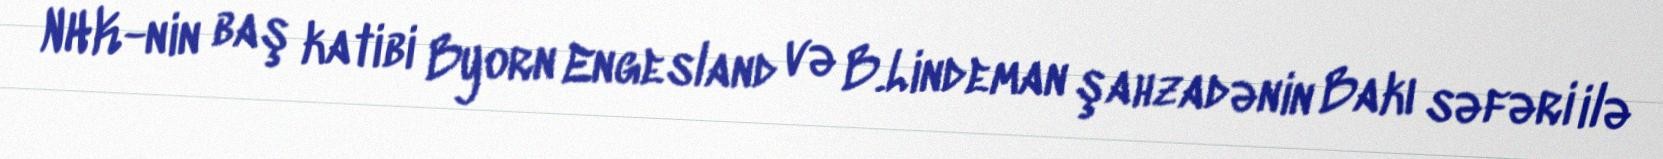
NHK-nin baş katibi Byorn Engesland və B.Lindeman şahzadənin Bakı səfəri ilə